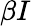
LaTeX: \beta I